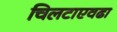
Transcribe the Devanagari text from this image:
चिलटाएवढा